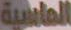
الماسية